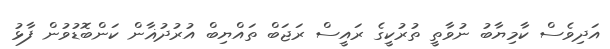
އަދިވެސް ކާމިޔާބު ނުވާތީ ތުރުކީގެ ރައީސް ރަޖަބް ތައްޔިބް އުރުދުޣާން ކަންބޮޑުވުން ފާޅު